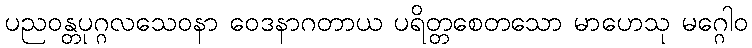
ပညဝန္တပုဂ္ဂလသေဝနာ ဝေဒနာဂတာယ ပရိတ္တစေတသော မာဟေသု မဂ္ဂေါဝ